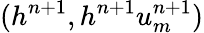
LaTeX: (h^{n+1},h^{n+1}u_{m}^{n+1})